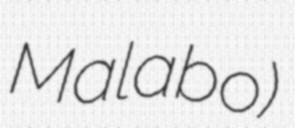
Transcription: Malabo)